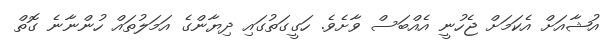
އުޝާއަށް އެކަމަށް ޖެހުނީ އެއްބަސް ވާށެވެ. ހަގީގަތުގައި ދިޔާންގެ އަމަލުތައް ހުންނާނެ ގޮތް